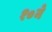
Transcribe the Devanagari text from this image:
१०ने